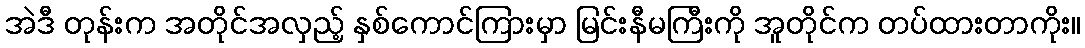
အဲဒီ တုန်းက အတိုင်အလှည့် နှစ်ကောင်ကြားမှာ မြင်းနီမကြီးကို အူတိုင်က တပ်ထားတာကိုး။